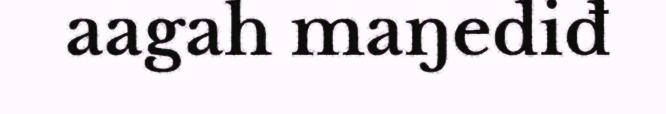
aagah maŋediđ